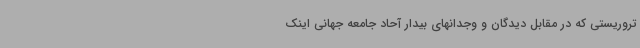
تروریستی که در مقابل دیدگان و وجدانهای بیدار آحاد جامعه جهانی اینک